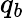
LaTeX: q_{b}